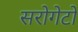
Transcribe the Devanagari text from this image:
सरोगेटों